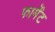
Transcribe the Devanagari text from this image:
फार्मेंट